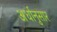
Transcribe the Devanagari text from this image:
अर्धानुसार